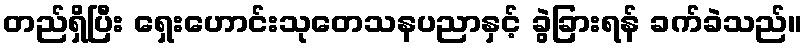
တည်ရှိပြီး ရှေးဟောင်းသုတေသနပညာနှင့် ခွဲခြားရန် ခက်ခဲသည်။